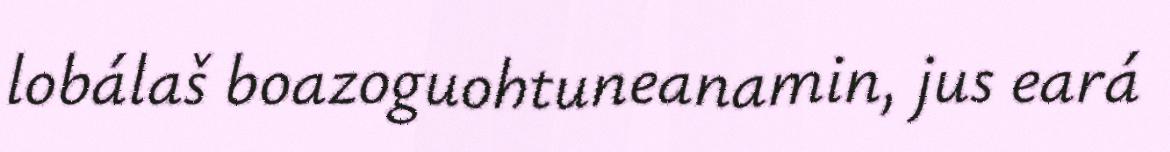
lobálaš boazoguohtuneanamin, jus eará